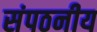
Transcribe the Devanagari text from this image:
संपठनीय